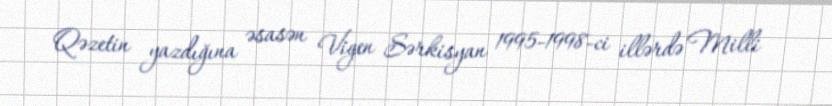
Qəzetin yazdığına əsasən Vigen Sərkisyan 1995-1998-ci illərdə Milli